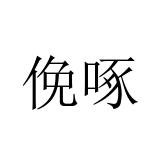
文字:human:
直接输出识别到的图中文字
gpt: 俛啄